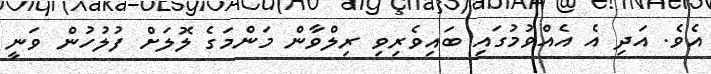
އެވެ. އަދި އެ އެއްވުމުގައި ބައިވެރިވި ރިލްވާން މަންމަގެ ލޮލަށް ފުލުހުން ވަނީ